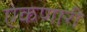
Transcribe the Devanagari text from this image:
ऐकणारी